Leaving Certificate Examination (including Day School Certificate (Higher) General paper), 1933
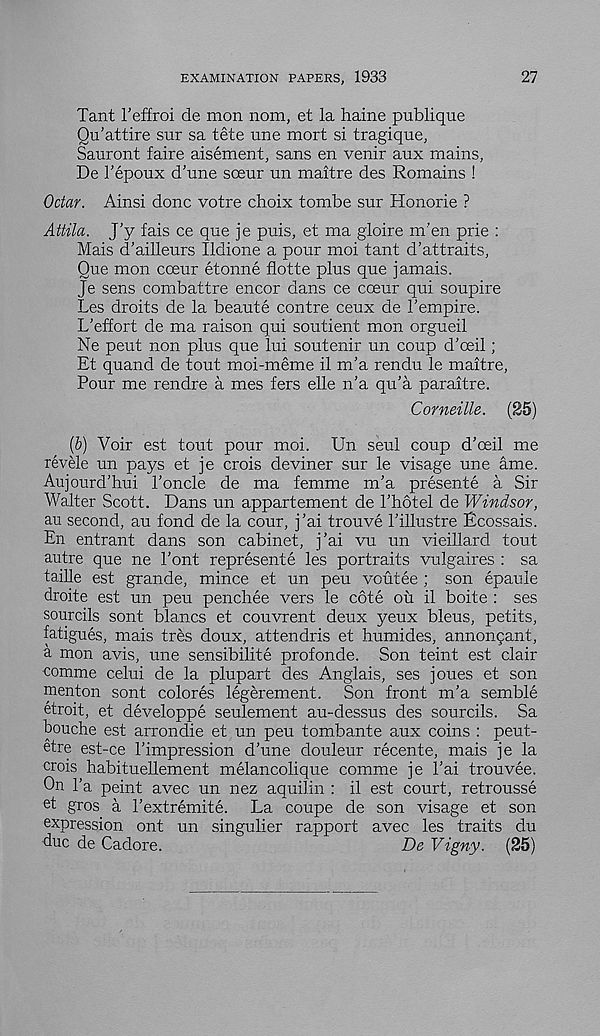
EXAMINATION PAPERS, 1933
27
Tant 1’effroi de mon nom, et la haine publique
Qu’attire sur sa tete tme mort si tragique,
Sauront faire aisement, sans en venir aux mains,
De Tepoux d’une soeur un maitre des Remains !
Octar. Ainsi done votre choix tombe sur Honorie ?
Attila. J'y fais ce que je puis, et ma gloire m’en prie :
Mais d’ailleurs Ildione a pour moi tant d’attraits,
Oue mon coeur etonne flotte plus que jamais.
Je sens combattre encor dans ce coeur qui soupire
Les droits de la beaute centre ceux de I’empire.
L’effort de ma raison qui soutient mon orgueil
Ne peut non plus que lui soutenir un coup d’oeil;
Et quand de tout moi-meme il m'a rendu le maitre,
Pour me rendre a mes fers elle n’a qu'a paraitre.
Corneille. (25)
(b) Voir est tout pour moi. Un seul coup d’ceil me
revele un pays et je crois deviner sur le visage une ame.
Aujourd’hui Poncle de ma femme m'a presente a Sir
Walter Scott. Dans un appartement de I’hotel de Windsor,
au second, au fond de la cour, j’ai trouve I’illustre Ecossais.
En entrant dans son cabinet, j’ai vu un vieillard tout
autre que ne Pont represente les portraits vulgaires : sa
faille est grande, mince et un peu voutee ; son epaule
droite est un peu penchee vers le cote on il boite : ses
sourcils sont blancs et couvrent deux yeux bleus, petits,
fatigues, mais tres doux, attendris et humides, annonqant,
a mon avis, une sensibilite profonde. Son teint est clair
comme celui de la plupart des Anglais, ses joues et son
menton sont colores legerement. Son front m’a semble
etroit, et developpe seulement au-dessus des sourcils. Sa
bouche est arrondie et un peu tombante aux coins : peut-
etre est-ce 1’impression d’une douleur recente, mais je la
crois habituellement melancolique comme je 1’ai trouvee.
On l’a peint avec un nez aquilin : il est court, retrousse
et gros a I’extremite. La coupe de son visage et son
expression ont un singulier rapport avec les traits du
due de Cadore.
De Vigny. (25)